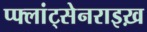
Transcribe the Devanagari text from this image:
प्फ्लांट्सेनराइख़